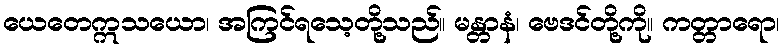
ယေတေဣသယော၊ အကြင်ရသေ့တို့သည်။ မန္တာနံ၊ ဗေဒင်တို့ကို။ ကတ္တာရော၊